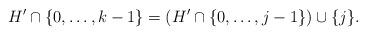
LaTeX: \begin{align*} H'\cap\{0,\dots,k-1\} = \left(H'\cap\{0,\dots,j-1\}\right)\cup\{j\}.\end{align*}